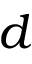
d